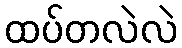
ထပ်တလဲလဲ